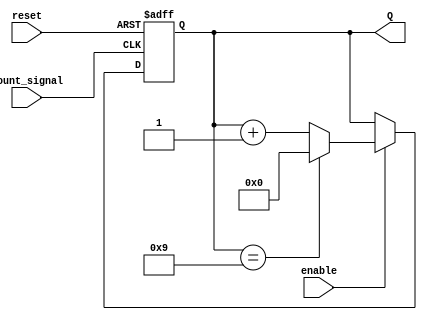
module decade_counter (
    input wire reset,        // Asynchronous reset signal
    input wire enable,       // Enable signal for counting
    input wire count_signal, // Trigger signal (e.g., push button)
    output reg [3:0] Q       // 4-bit output representing the count
);

// Asynchronous reset and counting logic
always @(posedge count_signal or posedge reset) begin
    if (reset) begin
        Q <= 4'b0000; // Reset the counter to 0
    end else if (enable) begin
        if (Q == 4'b1001) begin
            Q <= 4'b0000; // Reset to 0 when reaching 10
        end else begin
            Q <= Q + 1; // Increment the counter
        end
    end
end

endmodule